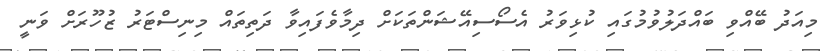
މިއަދު ބޭއްވި ބައްދަލުވުމުގައި ކުޅިވަރު އެސޯސިއޭޝަންތަކަށް ދިމާވެފައިވާ ދަތިތައް މިނިސްޓަރު ޒުހޫރަށް ވަނީ